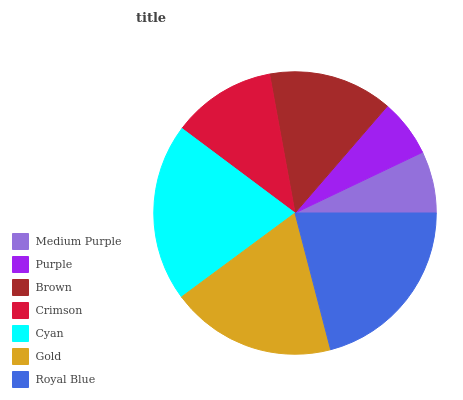
| Medium Purple | Purple | Brown | Crimson | Cyan | Gold | Royal Blue |
 | --- | --- | --- | --- | --- | --- | --- |
 | 7.07% | 6.58% | 14.2% | 11.9% | 20.3% | 18.9% | 21% |